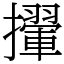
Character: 㩣